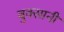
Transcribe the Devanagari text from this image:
बुक्सानी